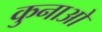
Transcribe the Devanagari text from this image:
कुनाओ